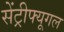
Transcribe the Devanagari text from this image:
सेंट्रीफ्यूगल